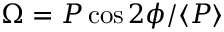
\Omega = P \cos 2 \phi / \langle P \rangle